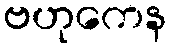
ဗဟုကေန